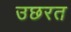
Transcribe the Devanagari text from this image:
उछरत